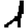
Digit: 1